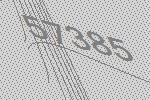
57385